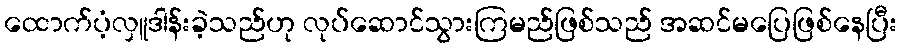
ထောက်ပံ့လှူဒါန်းခဲ့သည်ဟု လုပ်ဆောင်သွားကြမည်ဖြစ်သည် အဆင်မပြေဖြစ်နေပြီး